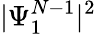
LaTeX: |\Psi_{1}^{N-1}|^{2}